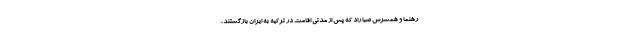
رهنما و همسرش صبا راد که پس از مدتی اقامت در ترکیه به ایران بازگشتند،